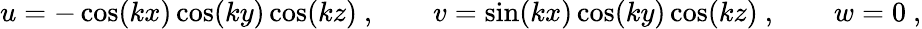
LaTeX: \begin{array}{r}{u=-\cos(kx)\cos(ky)\cos(kz)\ ,\qquad v=\sin(kx)\cos(ky)\cos(kz)\ ,\qquad w=0\ ,}\end{array}